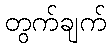
တွက်ချက်